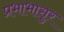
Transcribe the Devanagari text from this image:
प्रभाभासुर